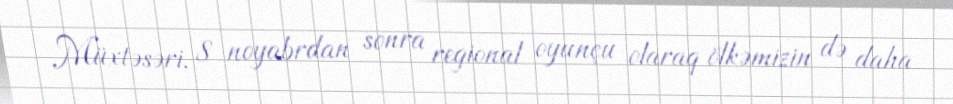
Müxtəsəri, 8 noyabrdan sonra regional oyunçu olaraq ölkəmizin də daha